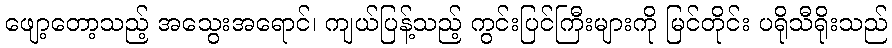
ဖျော့တော့သည့် အသွေးအရောင်၊ ကျယ်ပြန့်သည့် ကွင်းပြင်ကြီးများကို မြင်တိုင်း ပရိုသီရိုးသည်